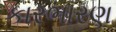
કારભારણ